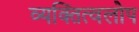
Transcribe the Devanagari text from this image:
व्यक्तित्वलोप